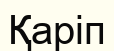
Қаріп